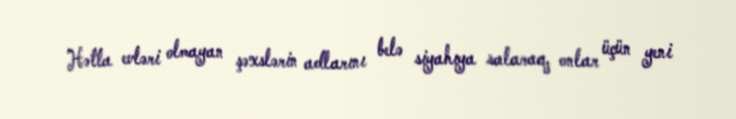
Hətta evləri olmayan şəxslərin adlarını belə siyahıya salaraq, onlar üçün yeni